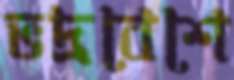
ভদ্রবেশে